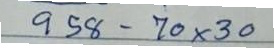
958 - 70 x 30